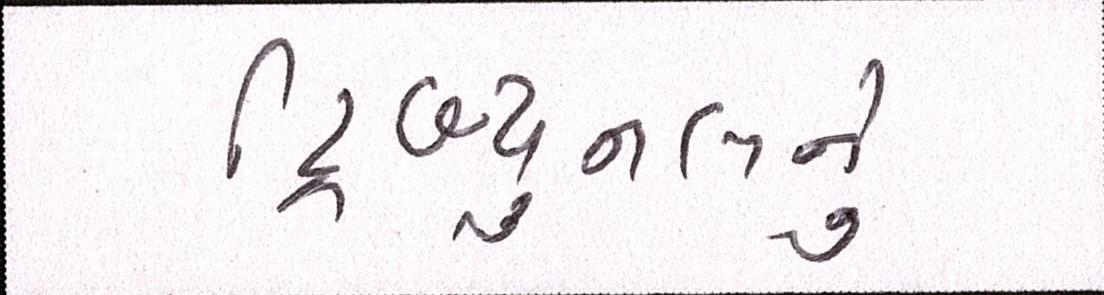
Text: ટ્રિબ્યુનલનું